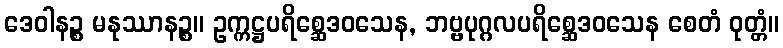
ဒေဝါနဉ္စ မနုဿာနဉ္စ။ ဥက္ကဋ္ဌပရိစ္ဆေဒဝသေန, ဘဗ္ဗပုဂ္ဂလပရိစ္ဆေဒဝသေန စေတံ ဝုတ္တံ။